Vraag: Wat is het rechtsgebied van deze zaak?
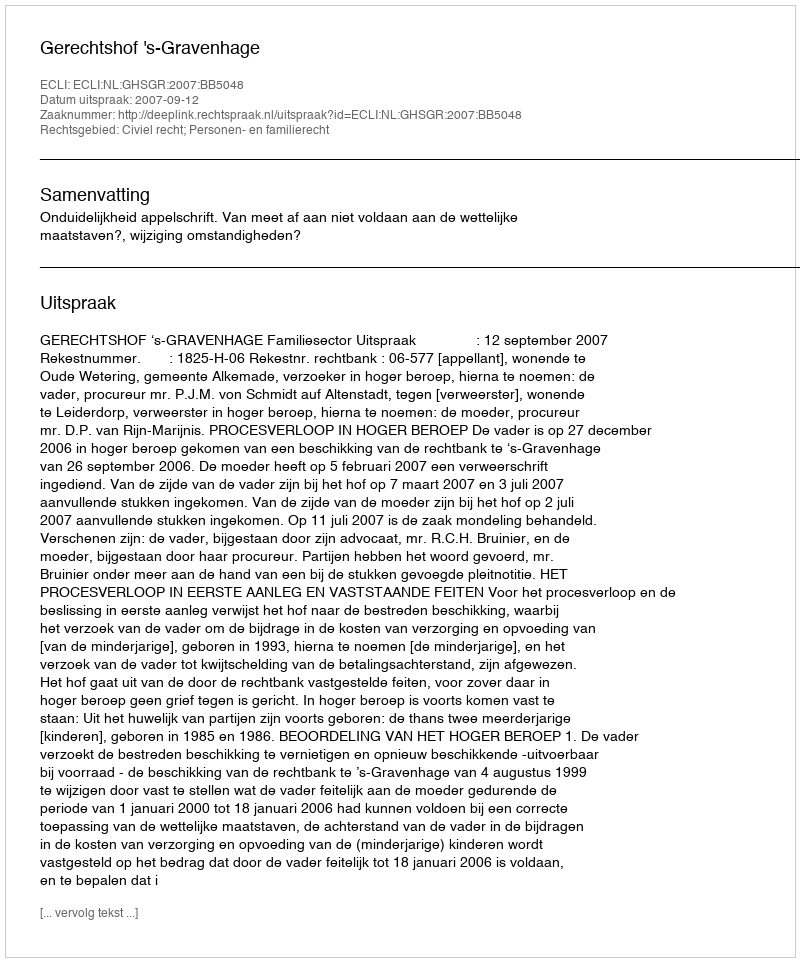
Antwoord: Civiel recht; Personen- en familierecht